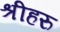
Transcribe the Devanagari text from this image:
श्रीहरु